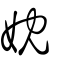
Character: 妉